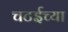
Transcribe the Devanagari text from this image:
चटईच्या